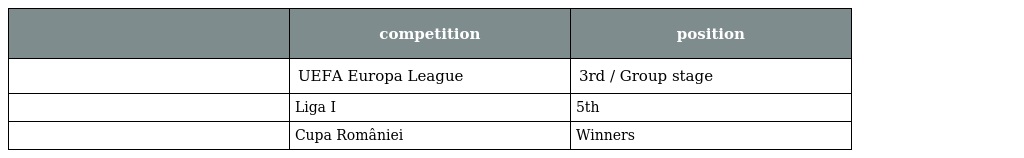
|  | competition | position |
 | --- | --- | --- |
 |  | UEFA Europa League | 3rd / Group stage |
 |  | Liga I | 5th |
 |  | Cupa României | Winners |